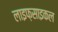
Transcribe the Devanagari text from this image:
लाइफ़साइकल